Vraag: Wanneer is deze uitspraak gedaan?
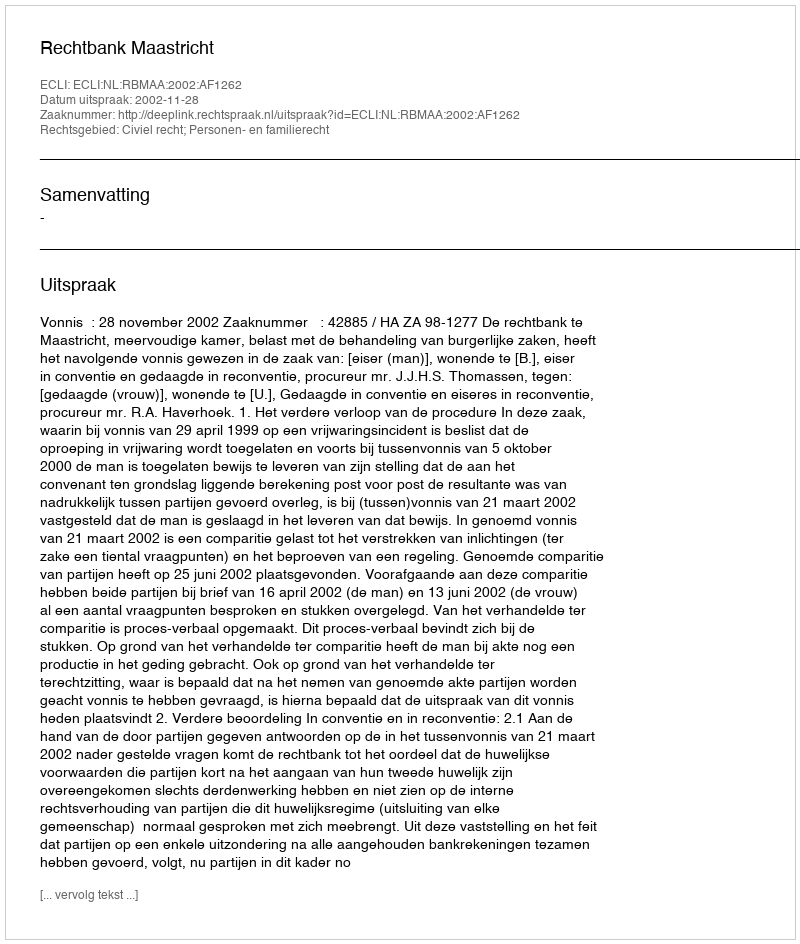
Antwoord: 2002-11-28